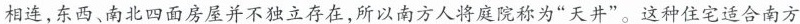
相连，东西、南北四面房屋并不独立存在，所以南方人将庭院称为”天井”。这种住宅适合南方